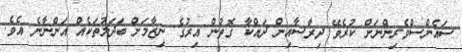
ސައެންސްވެރިންނަށް ކުރެވޭ ދިރާސާއިން ދައްކާ ގޮތުން އިރުގެ ނިޒާމަށް ބަދަލުތަކެއް އަންނާނެ އެވެ.